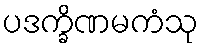
ပဒက္ခိဏမကံသု